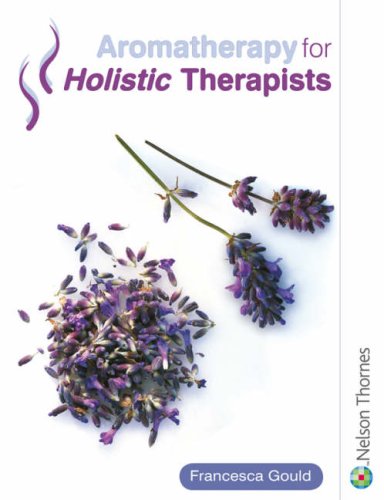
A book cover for Aromatherapy for Holistic Therapists; Francesca Gould; Health, Fitness & Dieting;